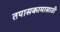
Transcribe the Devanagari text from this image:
तपासकामासाठी